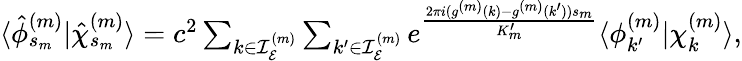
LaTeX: \begin{array}{r}{\langle{\hat{\phi}_{s_{m}}^{(m)}}|{\hat{\chi}_{s_{m}}^{(m)}}\rangle=c^{2}\sum_{k\in\mathcal{I}_{\mathcal{E}}^{(m)}}\sum_{k^{\prime}\in\mathcal{I}_{\mathcal{E}}^{(m)}}e^{\frac{2\pi i(g^{(m)}(k)-g^{(m)}(k^{\prime}))s_{m}}{K_{m}^{\prime}}}\langle{\phi}_{k^{\prime}}^{(m)}|{\chi}_{k}^{(m)}\rangle,}\end{array}